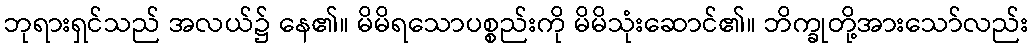
ဘုရားရှင်သည် အလယ်၌ နေ၏။ မိမိရသောပစ္စည်းကို မိမိသုံးဆောင်၏။ ဘိက္ခုတို့အားသော်လည်း